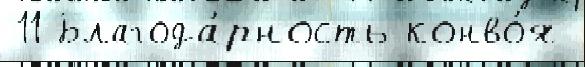
11 Благода́рность конво́я